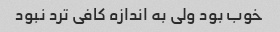
خوب بود ولی به اندازه کافی ترد نبود